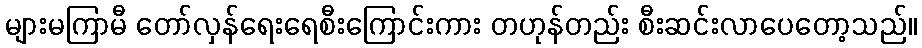
များမကြာမီ တော်လှန်ရေးရေစီးကြောင်းကား တဟုန်တည်း စီးဆင်းလာပေတော့သည်။